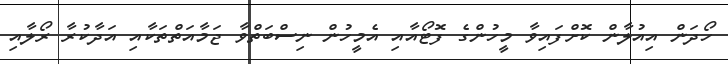
ހޯދަން އިއުލާން ކޮށްފައިވާ މީހުންގެ ފޮޓޯއާއި އެމީހުން ނިސްބަތްވާ ޖަމާއަތްތަކާއި އަދާކުރާ ރޯލާއި